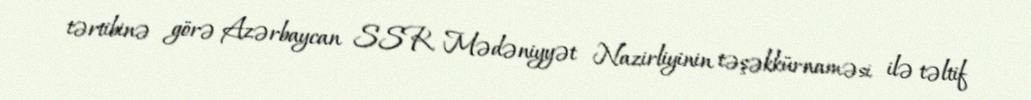
tərtibinə görə Azərbaycan SSR Mədəniyyət Nazirliyinin təşəkkürnaməsi ilə təltif